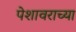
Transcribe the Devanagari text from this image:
पेशावराच्या